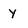
Character: Y